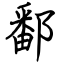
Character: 鄱